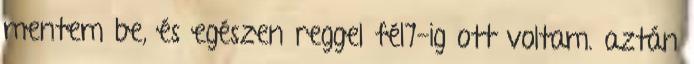
mentem be, és egészen reggel fél7-ig ott voltam. aztán